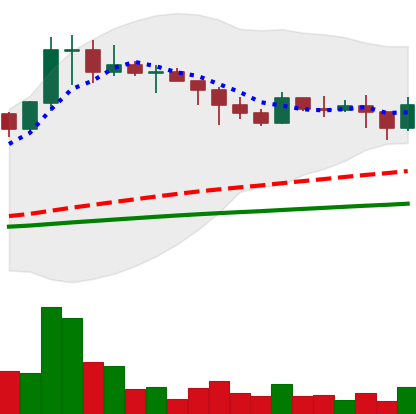
Ticker: DOGE-USD
Chart end date: 2021-02-24
Forward return: -10.531%
Label: down_7plus